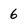
Character: 6